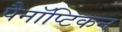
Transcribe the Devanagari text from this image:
पैनॉप्टिकन